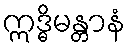
ဣဒ္ဓိမန္တာနံ